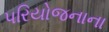
પરિયોજનાના